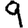
Digit: 9